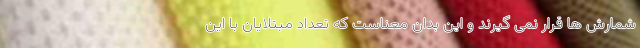
شمارش ها قرار نمی گیرند و این بدان معناست که تعداد مبتلایان با این